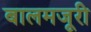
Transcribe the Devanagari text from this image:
बालमजूरी